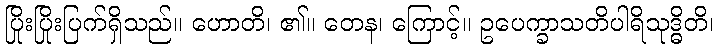
ပြိုးပြိုးပြက်ရှိသည်။ ဟောတိ၊ ၏။ တေန၊ ကြောင့်။ ဥပေက္ခာသတိပါရိသုဒ္ဓိတိ၊